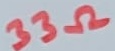
Text: 33Ω